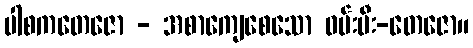
ပါစကတေဇော - အစာကျေစေသော ဝမ်းမီး-တေဇော။